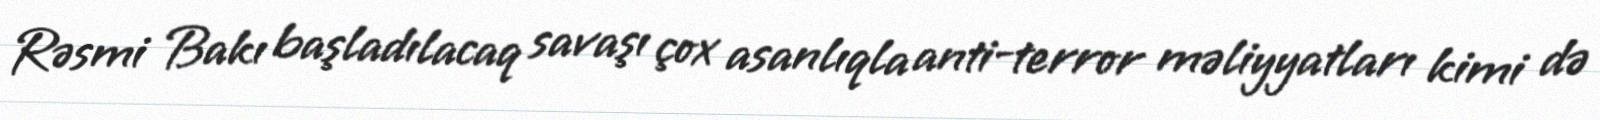
Rəsmi Bakı başladılacaq savaşı çox asanlıqla anti-terror məliyyatları kimi də